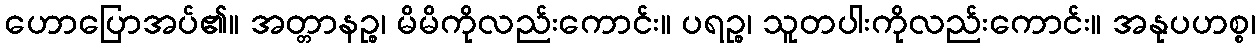
ဟောပြောအပ်၏။ အတ္တာနဉ္စ၊ မိမိကိုလည်းကောင်း။ ပရဉ္စ၊ သူတပါးကိုလည်းကောင်း။ အနုပဟစ္စ၊